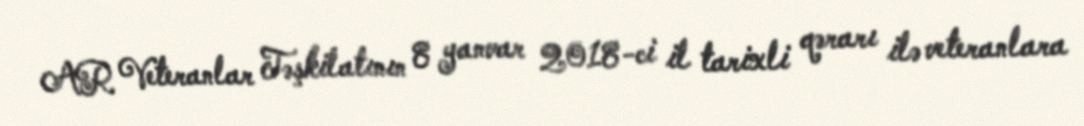
AR Veteranlar Təşkilatının 8 yanvar 2018-ci il tarixli qərarı ilə veteranlara